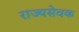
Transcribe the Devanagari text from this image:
राज्यसेवक